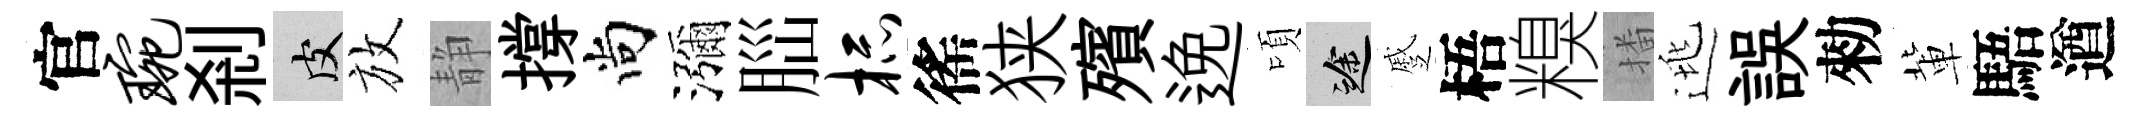
官琬剎皮放静撐尚瀰𦛁杯徭狭殯𨓜頃途蹙梧糗播逃誤勑軰䮏遒